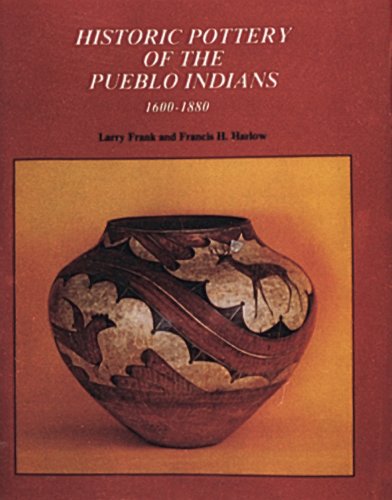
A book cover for Historic Pottery of the Pueblo Indians, 1600-1880; Larry Frank; Crafts, Hobbies & Home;